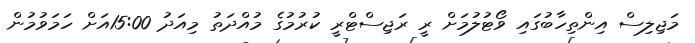
މަޖިލިސް އިންތިހާބުގައި ވޯޓުލުމަށް ރީ ރަޖިސްޓްރީ ކުރުމުގެ މުއްދަތު މިއަދު 15:00އަށް ހަމަވުމުން